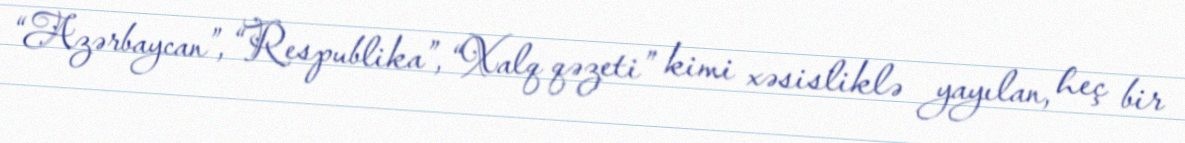
“Azərbaycan”, “Respublika”, “Xalq qəzeti” kimi xəsisliklə yayılan, heç bir